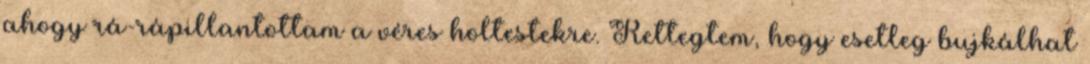
ahogy rá-rápillantottam a véres holtestekre. Rettegtem, hogy esetleg bujkálhat